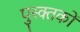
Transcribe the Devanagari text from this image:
पुस्क्तकों